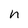
Character: n